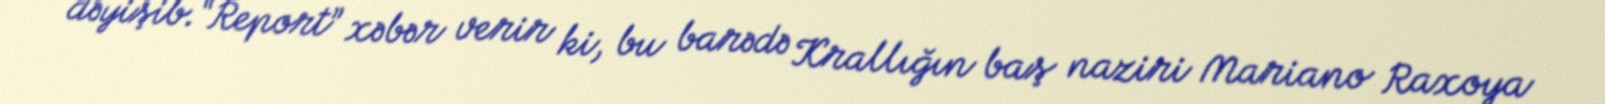
dəyişib.“Report” xəbər verir ki, bu barədə Krallığın baş naziri Mariano Raxoya